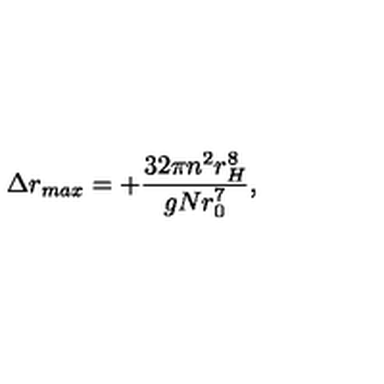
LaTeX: \Delta r _ { m a x } = + \frac { 3 2 \pi n ^ { 2 } r _ { H } ^ { 8 } } { g N r _ { 0 } ^ { 7 } } ,